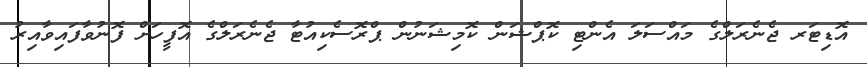
އޮޑިޓަރ ޖެނެރަލްގެ މައްސަލަ އެންޓި ކޮޕްޝަން ކޮމިޝަނުން ޕްރޮސެކިއުޓާ ޖެނެރަލްގެ އޮފީހަށް ފޮނުވާފައިވާއިރު